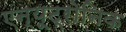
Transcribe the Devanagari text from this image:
एन्यूट्रोनिक